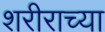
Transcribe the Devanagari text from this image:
शरीराच्या